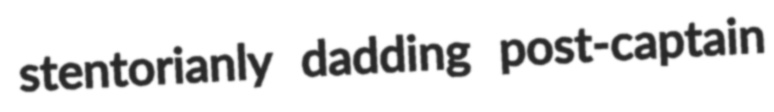
stentorianly dadding post-captain